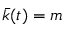
\bar { k } ( t ) = m